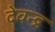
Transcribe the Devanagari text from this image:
देवन्द्र